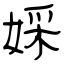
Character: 婇